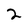
Character: 2